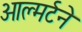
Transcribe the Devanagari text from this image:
ओल्मर्टने